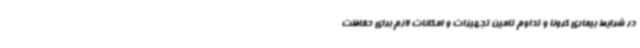
در شرایط بیماری کرونا و تداوم تامین تجهیزات و امکانات لازم برای حفاظت